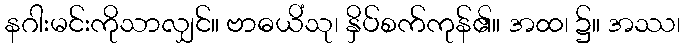
နဂါးမင်းကိုသာလျှင်။ ဗာဓယိံသု၊ နှိပ်စက်ကုန်၏။ အထ၊ ၌။ အဿ၊